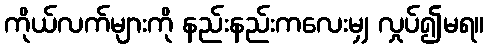
ကိုယ်လက်များကို နည်းနည်းကလေးမျှ လှုပ်၍မရ။